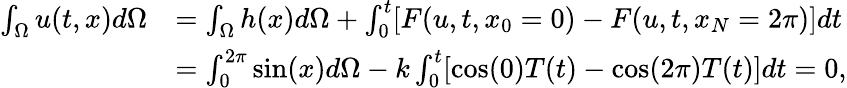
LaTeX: \begin{array}{rl}{\int_{\Omega}u(t,x)d\Omega}&{=\int_{\Omega}h(x)d\Omega+\int_{0}^{t}[F(u,t,x_{0}=0)-F(u,t,x_{N}=2\pi)]dt}\\ &{=\int_{0}^{2\pi}\sin(x)d\Omega-k\int_{0}^{t}[\cos(0)T(t)-\cos(2\pi)T(t)]dt=0,}\end{array}